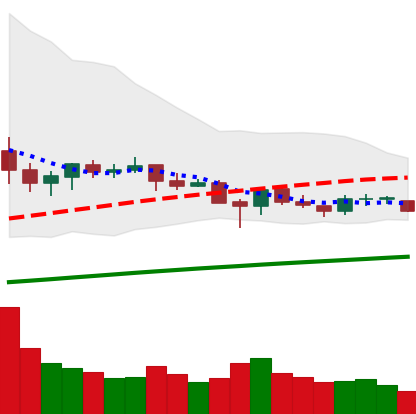
Ticker: ETC-USD
Chart end date: 2021-06-16
Forward return: -28.666%
Label: down_7plus